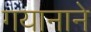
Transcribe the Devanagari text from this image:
गयानाने